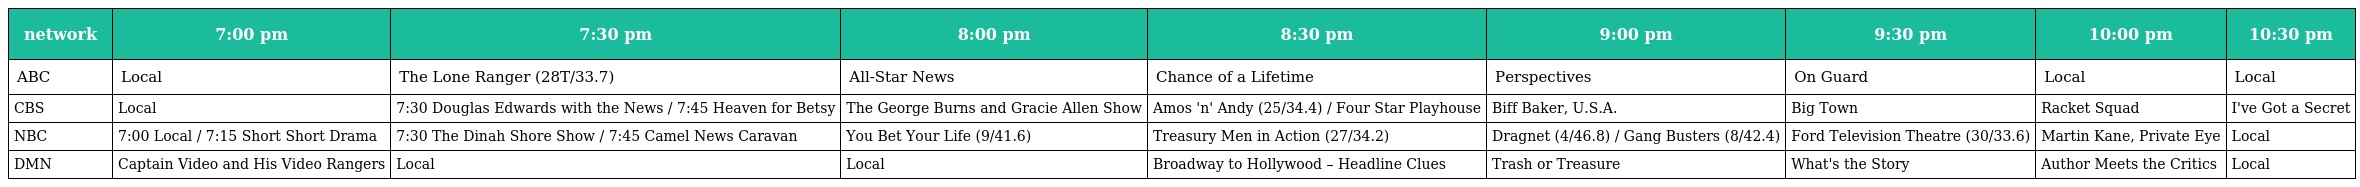
| network | 7:00 pm | 7:30 pm | 8:00 pm | 8:30 pm | 9:00 pm | 9:30 pm | 10:00 pm | 10:30 pm |
 | --- | --- | --- | --- | --- | --- | --- | --- | --- |
 | ABC | Local | The Lone Ranger (28T/33.7) | All-Star News | Chance of a Lifetime | Perspectives | On Guard | Local | Local |
 | CBS | Local | 7:30 Douglas Edwards with the News / 7:45 Heaven for Betsy | The George Burns and Gracie Allen Show | Amos 'n' Andy (25/34.4) / Four Star Playhouse | Biff Baker, U.S.A. | Big Town | Racket Squad | I've Got a Secret |
 | NBC | 7:00 Local / 7:15 Short Short Drama | 7:30 The Dinah Shore Show / 7:45 Camel News Caravan | You Bet Your Life (9/41.6) | Treasury Men in Action (27/34.2) | Dragnet (4/46.8) / Gang Busters (8/42.4) | Ford Television Theatre (30/33.6) | Martin Kane, Private Eye | Local |
 | DMN | Captain Video and His Video Rangers | Local | Local | Broadway to Hollywood – Headline Clues | Trash or Treasure | What's the Story | Author Meets the Critics | Local |